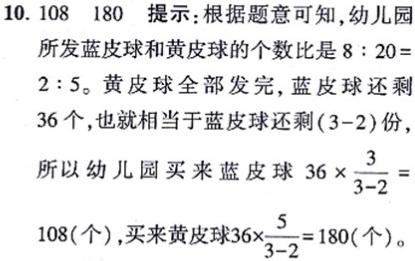
10. 108  180  提示：根据题意可知，幼儿园所发蓝皮球和黄皮球的个数比是$8:20 = 2:5$。黄皮球全部发完，蓝皮球还剩36个，也就相当于蓝皮球还剩$(3 - 2)$份，所以幼儿园买来蓝皮球$36\times\frac{3}{3 - 2}=108$(个)，买来黄皮球$36\times\frac{5}{3 - 2}=180$(个)。